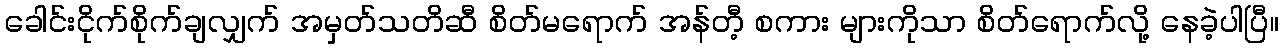
ခေါင်းငိုက်စိုက်ချလျှက် အမှတ်သတိဆီ စိတ်မရောက် အန်တီ့ စကား များကိုသာ စိတ်ရောက်လို့ နေခဲ့ပါပြီ။